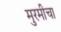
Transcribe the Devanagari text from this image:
मुरमीचा